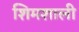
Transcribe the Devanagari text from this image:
शिमशाली